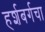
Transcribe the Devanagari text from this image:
हर्शबर्गचा